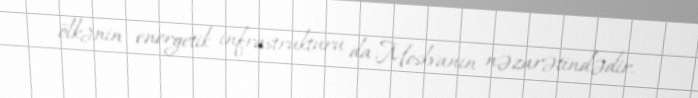
ölkənin energetik infrastrukturu da Moskvanın nəzarətindədir.